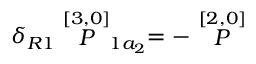
\delta _ { R 1 } \stackrel { [ 3 , 0 ] } { P } _ { 1 a _ { 2 } } = - \stackrel { [ 2 , 0 ] } { P }